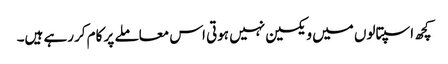
کچھ اسپتالوں میں ویکسین نہیں ہوتی اس معاملے پر کام کررہے ہیں۔